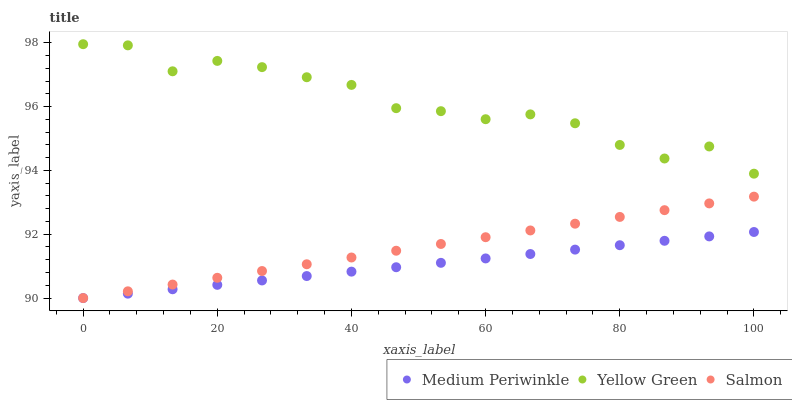
| xaxis_label | Medium Periwinkle | Yellow Green | Salmon |
 | --- | --- | --- | --- |
 | 0 | 90 | 98 | 90 |
 | 6.67 | 90.1 | 97.9 | 90.2 |
 | 13.3 | 90.3 | 97.1 | 90.4 |
 | 20 | 90.4 | 97.4 | 90.6 |
 | 26.7 | 90.6 | 97.2 | 90.8 |
 | 33.3 | 90.7 | 96.9 | 91.1 |
 | 40 | 90.8 | 96.7 | 91.3 |
 | 46.7 | 91 | 95.9 | 91.5 |
 | 53.3 | 91.1 | 95.9 | 91.7 |
 | 60 | 91.2 | 95.6 | 91.9 |
 | 66.7 | 91.4 | 95.8 | 92.1 |
 | 73.3 | 91.5 | 95.5 | 92.3 |
 | 80 | 91.7 | 94.8 | 92.5 |
 | 86.7 | 91.8 | 94.4 | 92.8 |
 | 93.3 | 91.9 | 94.8 | 93 |
 | 100 | 92.1 | 93.9 | 93.2 |